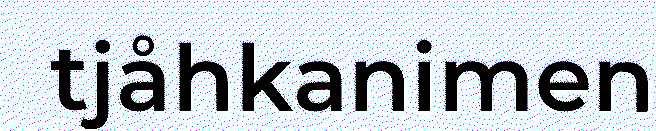
tjåhkanimen